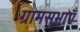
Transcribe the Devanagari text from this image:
ग्रामसभाएँ